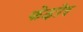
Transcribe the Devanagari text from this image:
फेदोर